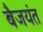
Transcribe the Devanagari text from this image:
बैजयंत